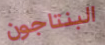
البنتاجون